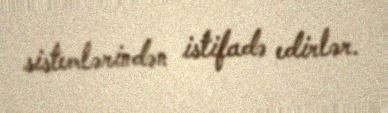
sistemlərindən istifadə edirlər.